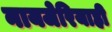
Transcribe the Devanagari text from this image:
नायजेरियाही